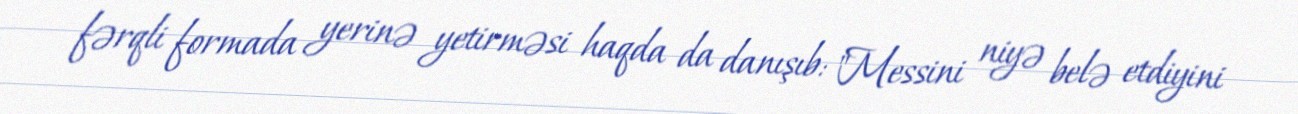
fərqli formada yerinə yetirməsi haqda da danışıb: "Messini niyə belə etdiyini